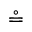
\circeq